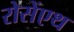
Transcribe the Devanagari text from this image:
रोसेंएथ